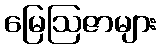
မြေဩဇာများ